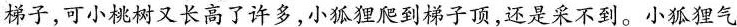
梯子，可小桃树又长高了许多，小狐狸爬到梯子顶，还是采不到。小狐狸气